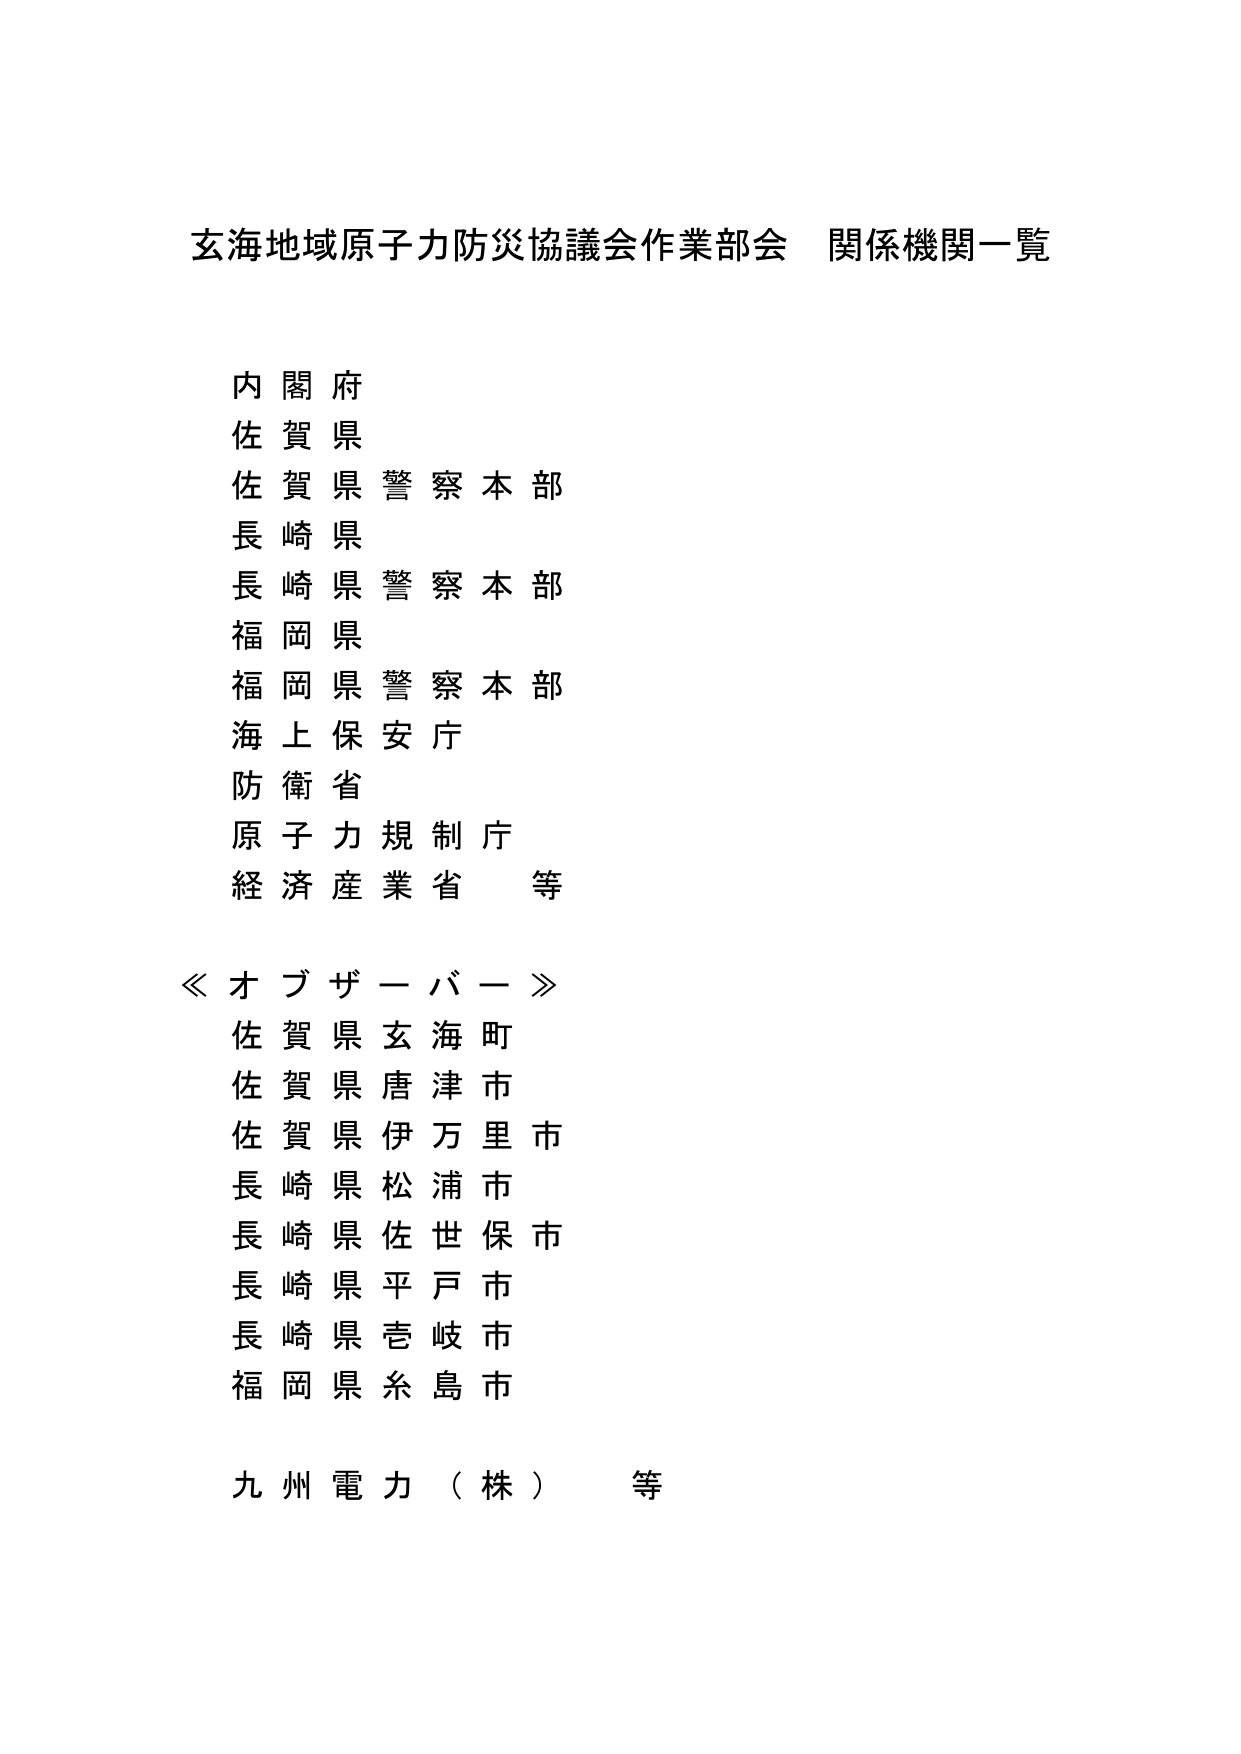
玄海地域原子力防災協議会作業部会 関係機関一覧

内閣府
佐賀県
佐賀県警察本部
長崎県
長崎県警察本部
福岡県
福岡県警察本部
海上保安庁
防衛省
原子力規制庁
経済産業省 等

≪オブザーバー≫
佐賀県玄海町
佐賀県唐津市
佐賀県伊万里市
長崎県松浦市
長崎県佐世保市
長崎県平戸市
長崎県壱岐市
福岡県糸島市

九州電力（株） 等